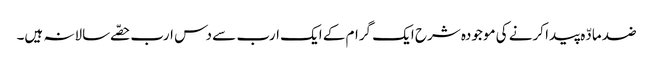
ضد مادّہ پیدا کرنے کی موجودہ شرح ایک گرام کے ایک ارب سے دس ارب حصّے سالانہ ہیں۔